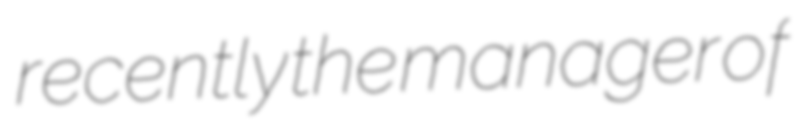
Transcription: recently the manager of